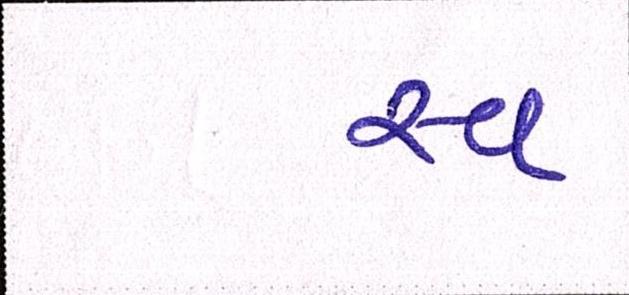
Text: સ્વ